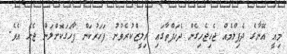
މިއީ އޭނާގެ ދެފިލްމެއް ޖެހިޖެހިގެން ދެހަފްތާގައި ރިލީޒްކުރެވުނު ފަހަރުކަން ފާހަގަކޮށްލަން ޖެހެ އެވެ.